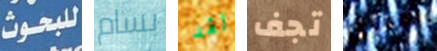
للبحوث بسام لقد تجف بعمري